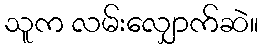
သူက လမ်းလျှောက်ဆဲ။